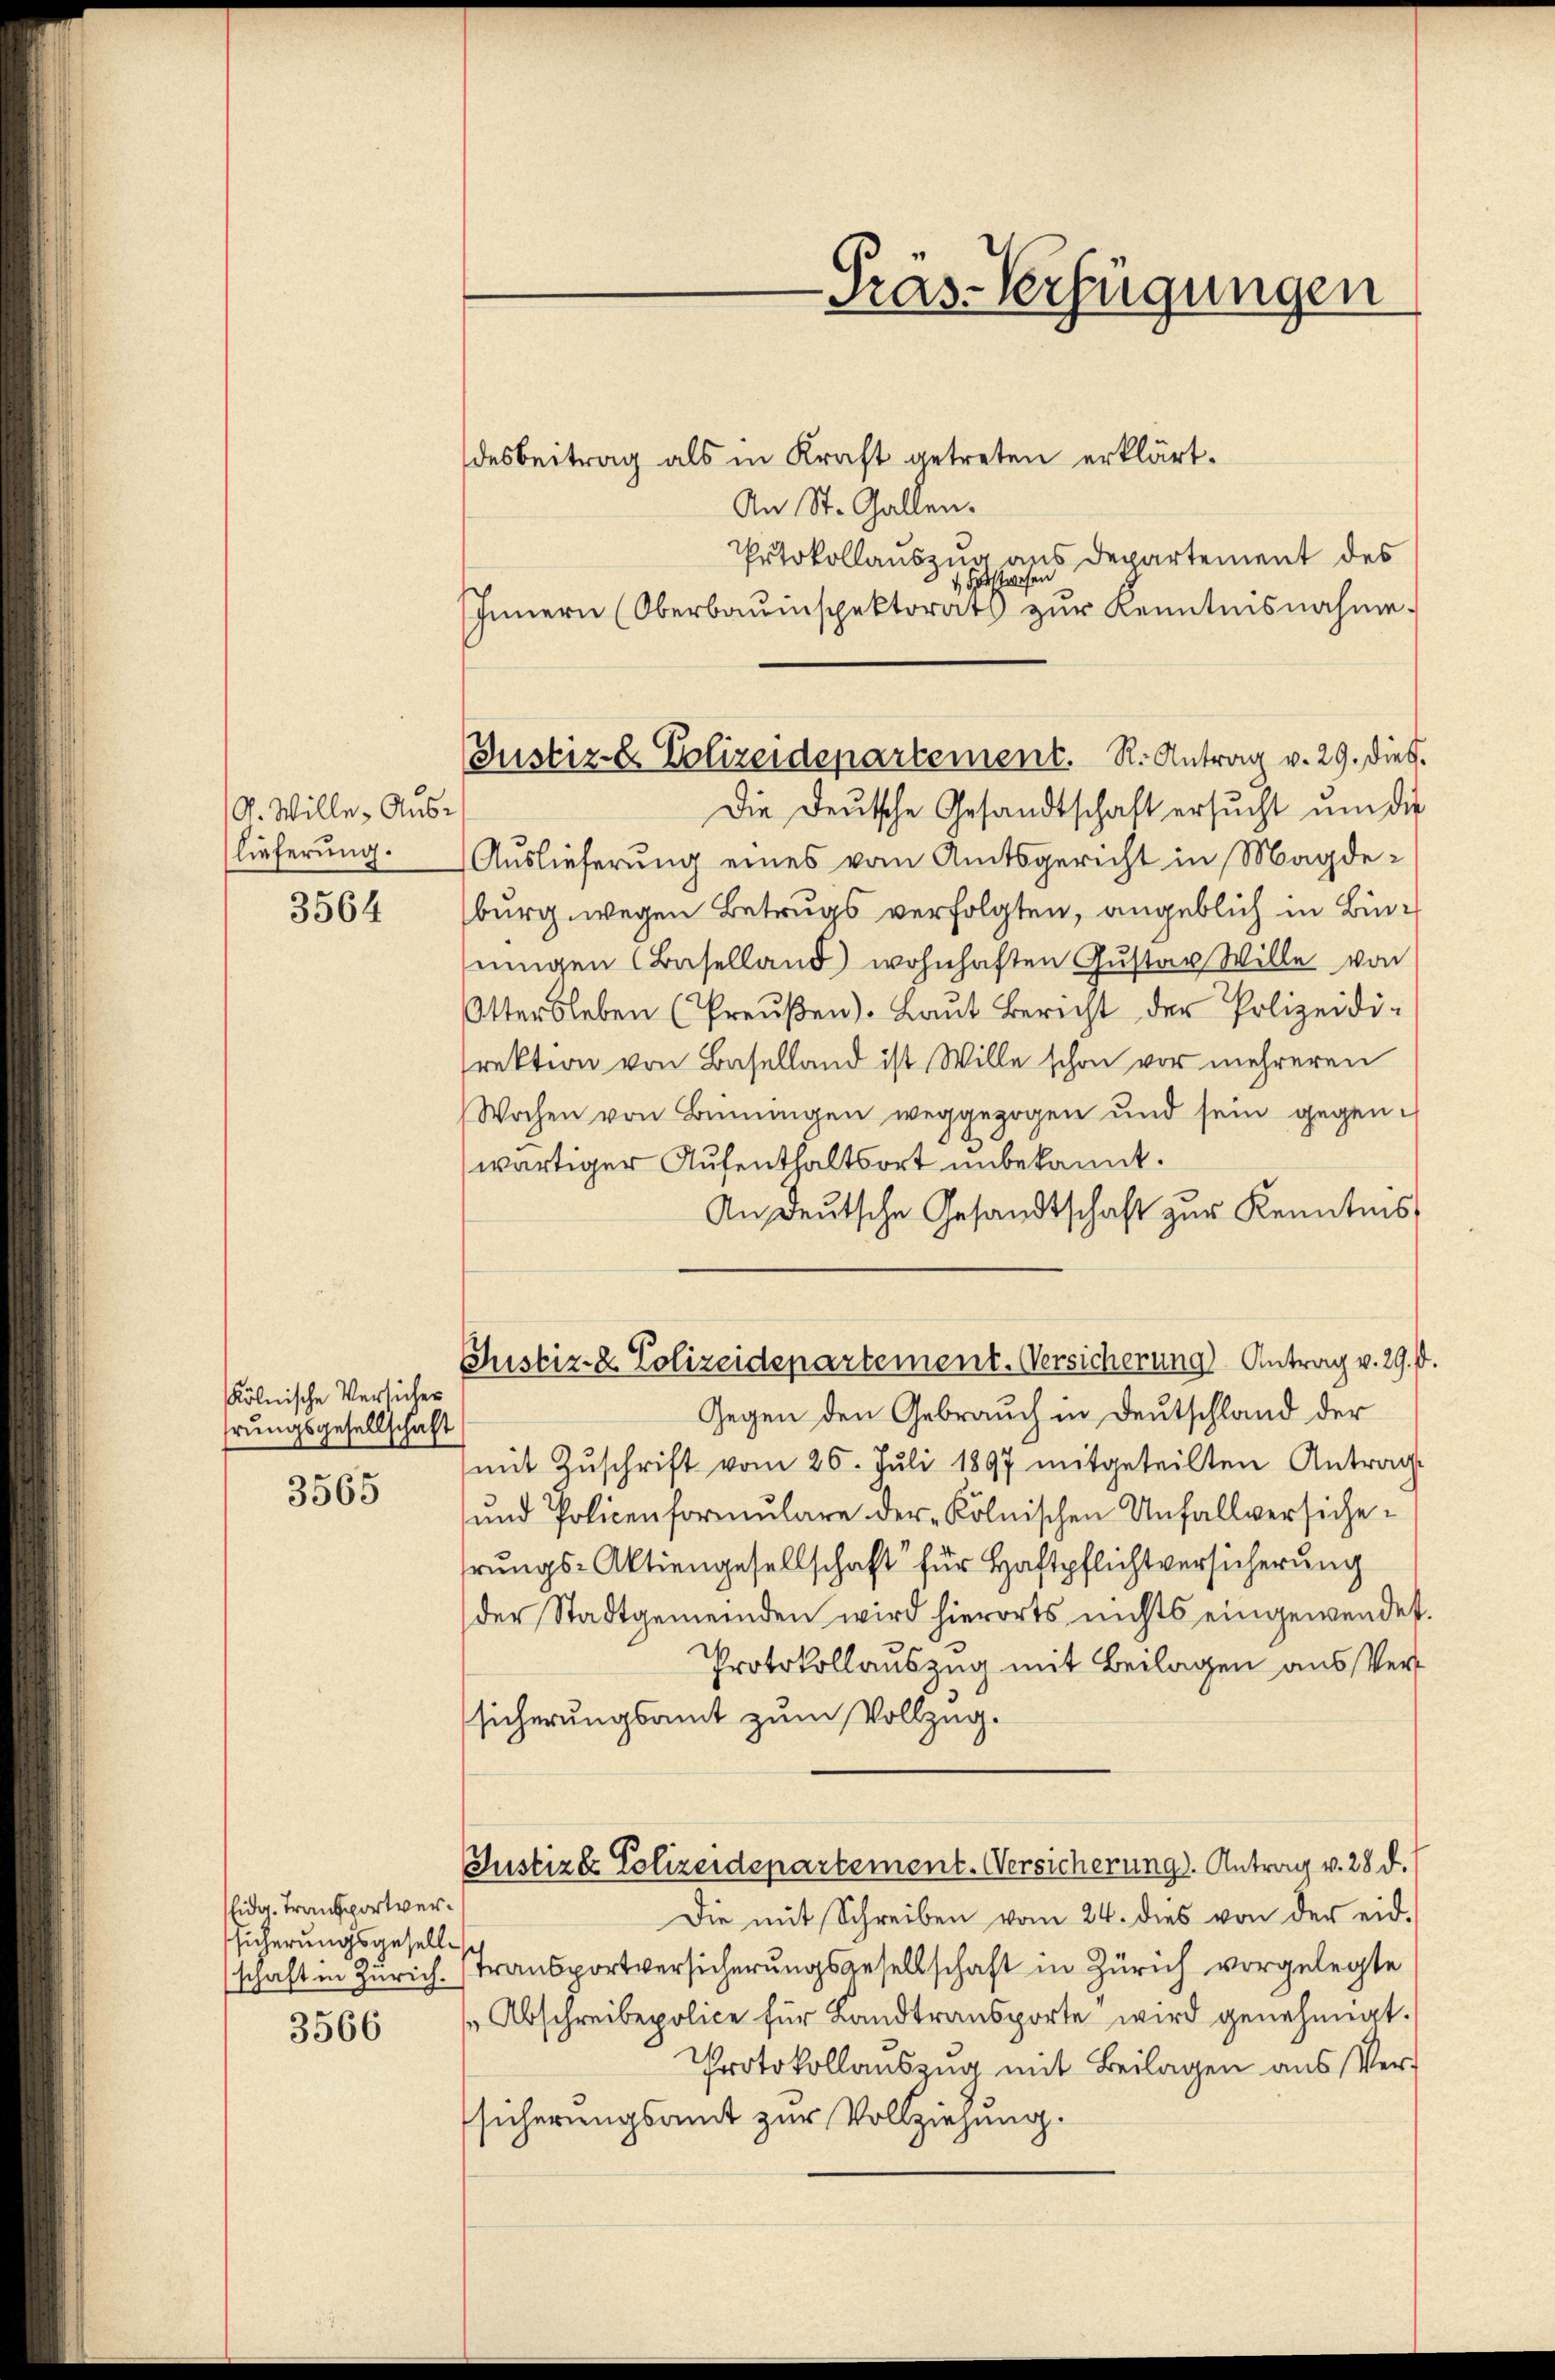
V. Wille, Auslieferung.

3564

kölnische Versicher
hrungsgesellschaft

3565

Eidg. Transportversicherungsgesellschaft in Zürich.

3566

Justiz- & Polizeidepartement. R. Antrag v. 29. Dieb.

desbeitrag als in Kraft getreten erklärt.
An St. Gallen.
Prtokollauszug aus Departement des
 Forstwesen
Innern (Oberbauinspektorats zŭr Kenntnisnahme.
Die Deutsche Gesandtschaft ersucht um die
Auslieferung eines vom Amtsgericht in Magdeburg wegen Betrugs verfolgten, angeblich in Binningen (Baselland wohnhaften Gustav Wille von
Ottersleben (Preŭβen). Laŭt Bericht der Polizeidi-
rektion von Baselland ist Wille schon vor mehreren
Wochen von Benŭngen weggezogen und sein gegenwärtiger Aufenthaltsort unbekannt.
An Deutsche Gesandtschaft zur Kenntnis
Justiz- & Polizeidepartement. Versicherung Antrag v. 29.
Gegen den Gebrauch in Deutschland der
mit Zŭschrift vom 26. Juli 1897 mitgeteilten Antrage
und Policenformŭlare der Kölnischen Unfallversiche-
rungs-Aktiengesellschaft für Haftpflichtversicherung
der Stadtgemeinden wird hierorts nichts eingewendet.
Protokollauszug mit Beilagen aus Versicherungsamt zum Vollzug.
Justiz- Polizeidepartement. Versicherung. Antrag v. 28 d.
Die mit Schreiben vom 24. dies von der eid.
Transportversicherungsgesellschaft in Zürich vorgelegte
Abschreibepolice für Landtransporte wird genehmigt.
Protokollauszug mit Beilagen aus Versicherungsamt zur Vollziehung.

Präs-Verfügungen